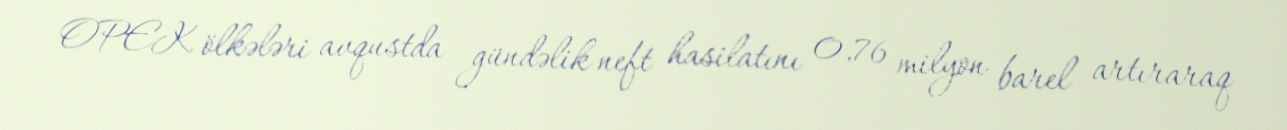
OPEK ölkələri avqustda gündəlik neft hasilatını 0,76 milyon barel artıraraq